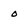
Character: o